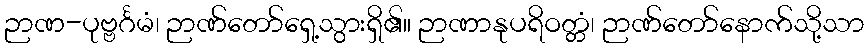
ဉာဏ-ပုဗ္ဗင်္ဂမံ၊ ဉာဏ်တော်ရှေ့သွားရှိ၏။ ဉာဏာနုပရိဝတ္တံ၊ ဉာဏ်တော်နောက်သို့သာ